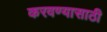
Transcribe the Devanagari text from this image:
करवण्यासाठी